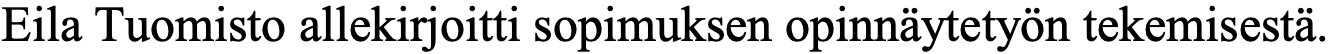
Eila Tuomisto allekirjoitti sopimuksen opinnäytetyön tekemisestä.